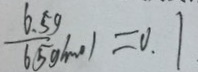
\frac { 6 . 5 g } { 6 5 g / m o l } = 0 . 1